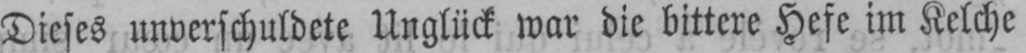
Dieses unverschuldete Unglück war die bittere Hefe im Kelche